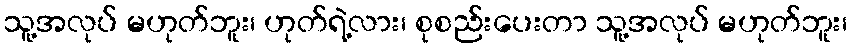
သူ့အလုပ် မဟုတ်ဘူး၊ ဟုတ်ရဲ့လား၊ စုစည်းပေးတာ သူ့အလုပ် မဟုတ်ဘူး၊